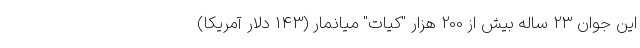
این جوان 23 ساله بیش از 200 هزار "کیات" میانمار (143 دلار آمریکا)